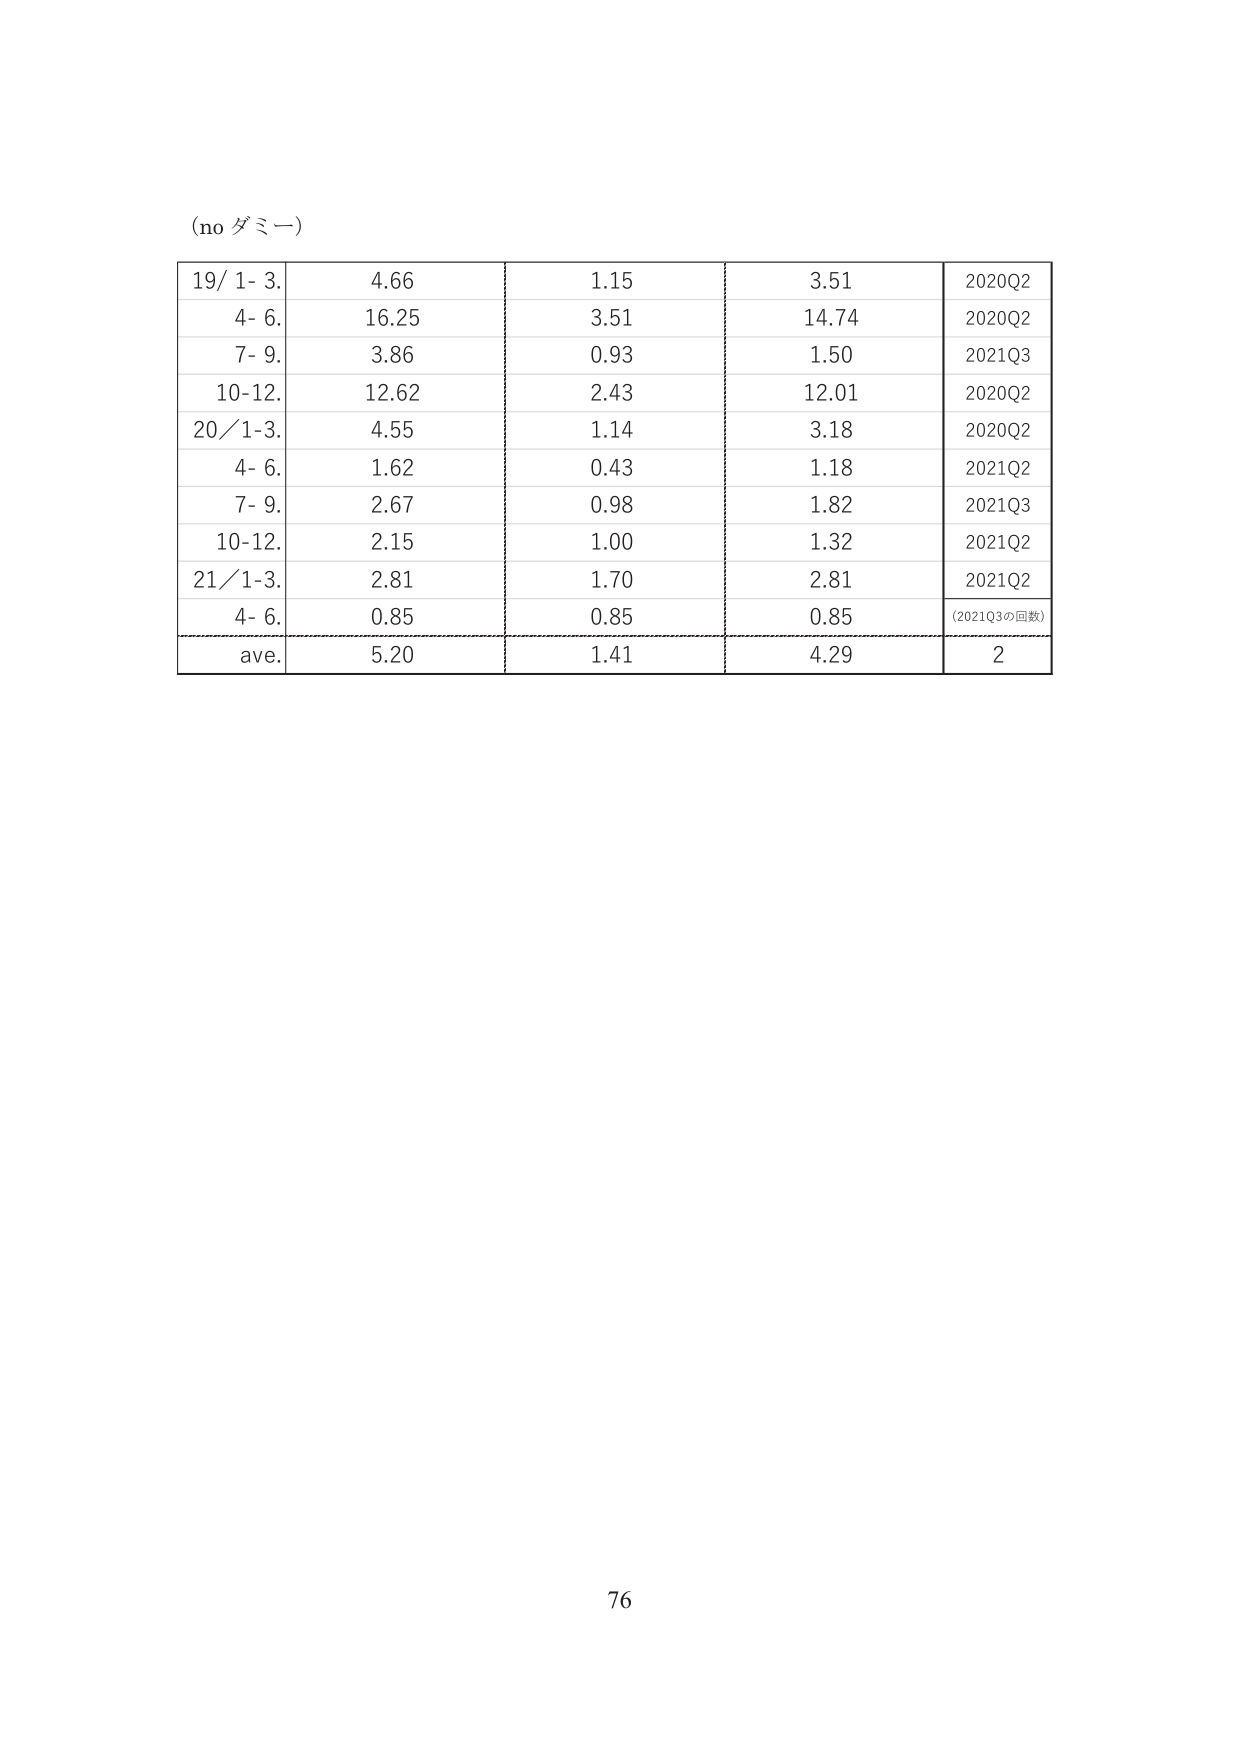
(no ダミー)

19/ 1- 3.    4.66    1.15    3.51    2020Q2
4- 6.        16.25   3.51    14.74   2020Q2
7- 9.        3.86    0.93    1.50    2021Q3
10-12.       12.62   2.43    12.01   2020Q2
20/ 1-3.     4.55    1.14    3.18    2020Q2
4- 6.        1.62    0.43    1.18    2021Q2
7- 9.        2.67    0.98    1.82    2021Q3
10-12.       2.15    1.00    1.32    2021Q2
21/ 1-3.     2.81    1.70    2.81    2021Q2
4- 6.        0.85    0.85    0.85    (2021Q3の回数)
ave.         5.20    1.41    4.29    2

76